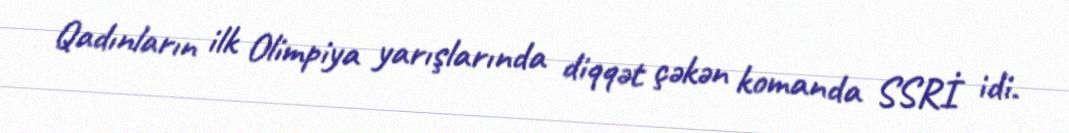
Qadınların ilk Olimpiya yarışlarında diqqət çəkən komanda SSRİ idi.